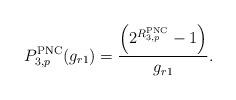
LaTeX: \begin{align*}P_{3,p}^{\mathrm{PNC}}(g_{r1})= \frac{\left(2^{R_{3,p}^{\mathrm{PNC}}}-1\right)}{g_{r1}}.\end{align*}